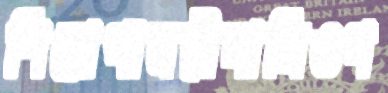
শিরোপাত্রয়ীদালিওপ